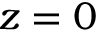
z = 0